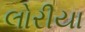
લોરીયા